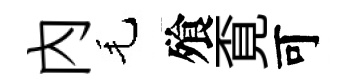
內毛飱覔可